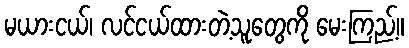
မယားငယ်၊ လင်ငယ်ထားတဲ့သူတွေကို မေးကြည့်။